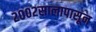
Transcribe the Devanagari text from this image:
२००२सालापासून